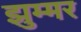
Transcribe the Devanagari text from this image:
झुम्मर